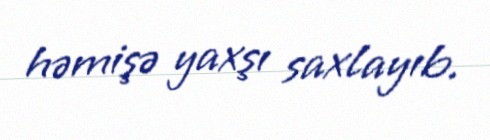
həmişə yaxşı saxlayıb.